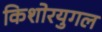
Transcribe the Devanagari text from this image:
किशोरयुगल